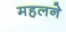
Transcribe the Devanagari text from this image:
महलने